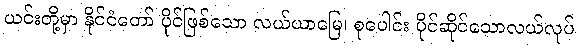
ယင်းတို့မှာ နိုင်ငံတော် ပိုင်ဖြစ်သော လယ်ယာမြေ၊ စုပေါင်း ပိုင်ဆိုင်သောလယ်လုပ်